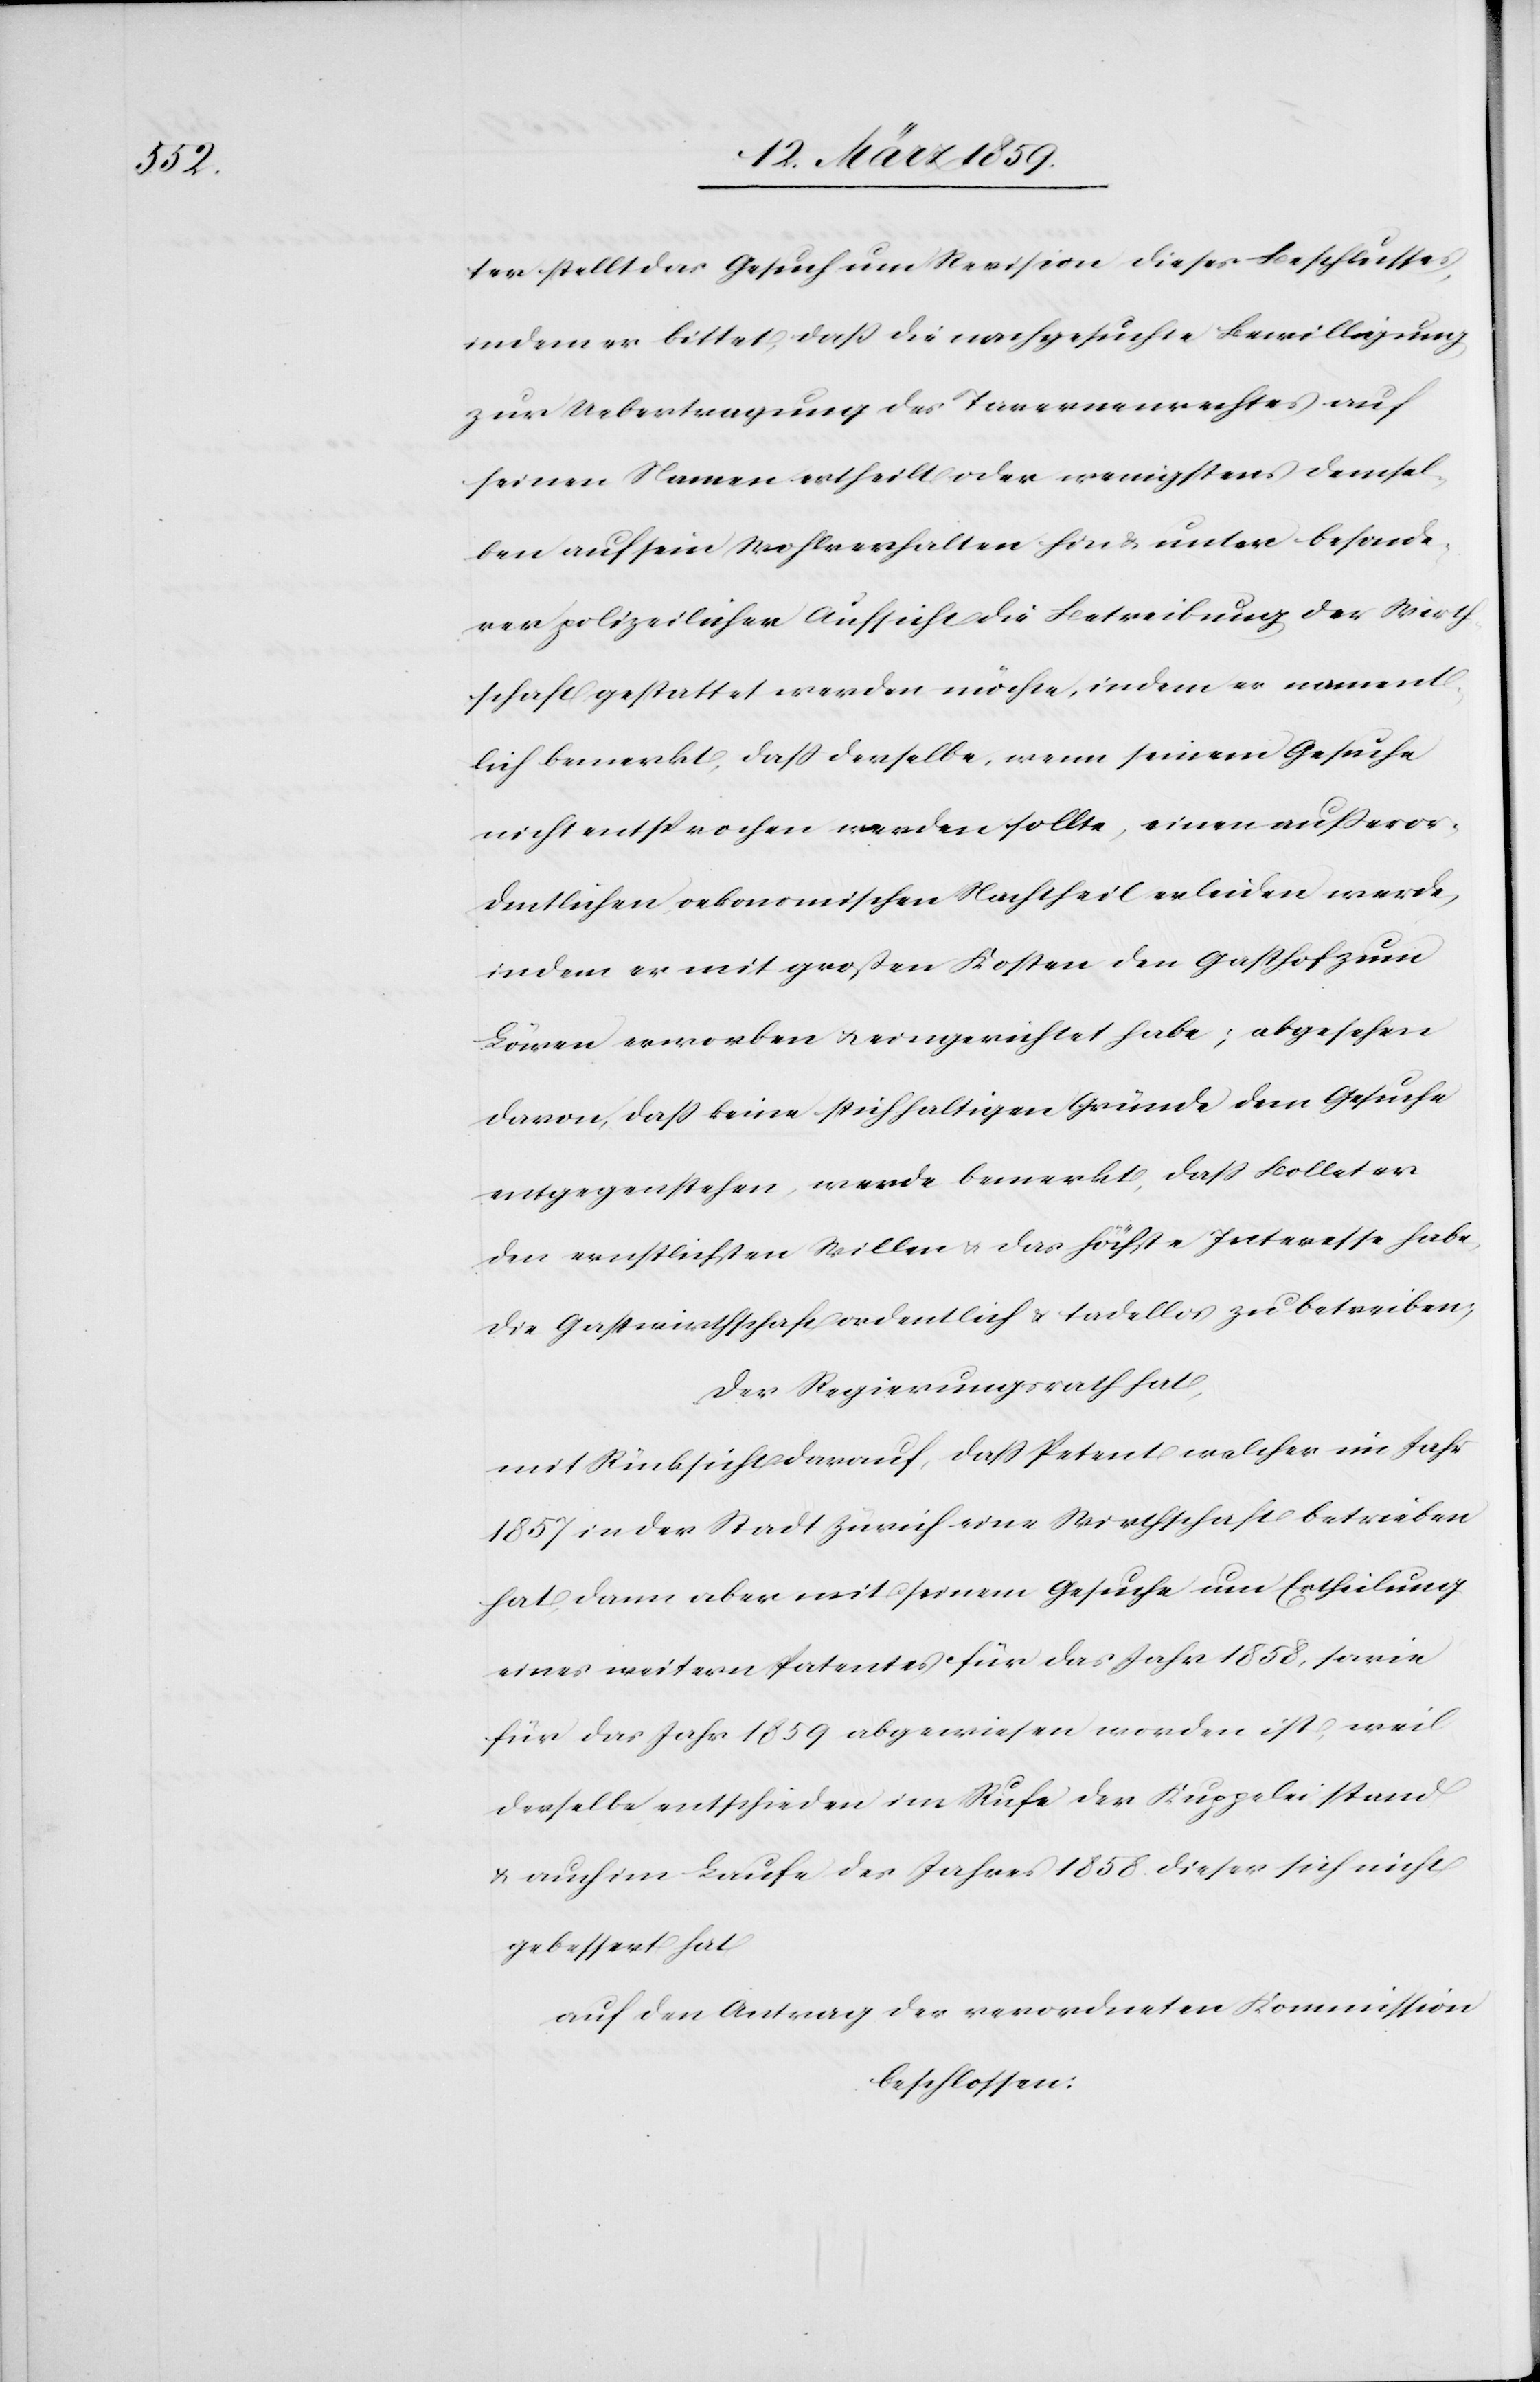
ter stellt das Gesuch um Revision dieses Beschlusses,
indem er bittet, daß die nachgesuchte Bewilligung
zur Uebertragung des Tavernenrechtes auf
seinen Namen ertheilt oder wenigstens demsel¬
ben auf sein Wohlverhalten hin & unter besonde¬
rer polizeilicher Aufsicht die Betreibung der Wirth¬
schaft gestattet werden möchte, indem er nament¬
lich bemerkt, daß derselbe, wenn seinem Gesuche
nicht entsprochen werden sollte, einen außeror¬
dentlichen, oekonomischen Nachtheil erleiden werde,
indem er mit großen Kosten den Gasthof zum
Löwen erworben u. eingerichtet habe; abgesehen
davon, daß keine stichhaltigen Gründe dem Gesuche
entgegenstehen, werde bemerkt, daß Bolleter
den ernstlichsten Willen u. das höchste Interesse habe,
die Gastwirthschaft ordentlich & tadellos zu betreiben;
Der Regierungsrath hat,
mit Rücksicht darauf, daß Petent welcher im Jahr
1857 in der Stadt Zürich eine Wirthschaft betrieben
hat, dann aber mit seinem Gesuche um Ertheilung
eines weitern Patentes für das Jahr 1858, sowie
für das Jahr 1859 abgewiesen worden ist, weil
derselbe entschieden im Rufe der Kuppelei stand
& auch im Laufe des Jahres 1858. dieser sich nicht
gebessert hat
auf den Antrag der verordneten Kommission
beschlossen: